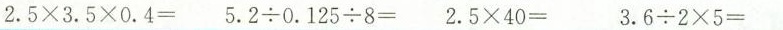
$$2.5\times3.5\times0.4= $$ $$3.62\times5= $$ $$2.5\times40= $$ $$5.2\div0.125\div8=$$